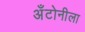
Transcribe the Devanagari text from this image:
अँटोनीला